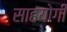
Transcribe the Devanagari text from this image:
साहयोगी